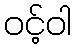
ဝင့်ဝါ